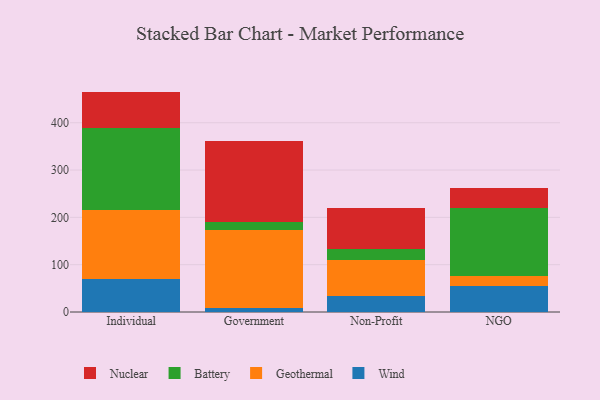
{"axis": {"x": "Segment", "y": "LTV (USD)"}, "legend": ["Battery", "Geothermal", "Nuclear", "Wind"], "data": [{"x": "Individual", "y": 69.4, "type": "Wind"}, {"x": "Individual", "y": 146.6, "type": "Geothermal"}, {"x": "Individual", "y": 173.6, "type": "Battery"}, {"x": "Individual", "y": 76.2, "type": "Nuclear"}, {"x": "Government", "y": 8.1, "type": "Wind"}, {"x": "Government", "y": 164.3, "type": "Geothermal"}, {"x": "Government", "y": 17.3, "type": "Battery"}, {"x": "Government", "y": 170.9, "type": "Nuclear"}, {"x": "Non-Profit", "y": 34.1, "type": "Wind"}, {"x": "Non-Profit", "y": 76.6, "type": "Geothermal"}, {"x": "Non-Profit", "y": 23.0, "type": "Battery"}, {"x": "Non-Profit", "y": 86.7, "type": "Nuclear"}, {"x": "NGO", "y": 54.4, "type": "Wind"}, {"x": "NGO", "y": 21.6, "type": "Geothermal"}, {"x": "NGO", "y": 143.5, "type": "Battery"}, {"x": "NGO", "y": 43.4, "type": "Nuclear"}]}